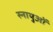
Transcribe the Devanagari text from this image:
स्‍नायुओं